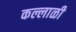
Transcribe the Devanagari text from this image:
कल्लाळी